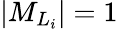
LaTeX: \vert M_{L_{i}}\vert=1